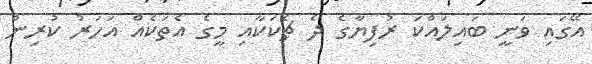
އޭގައި ވަނީ ބައިލައްކަ ރުފިޔާގެ ދެ ޗެކަކާއި މީގެ އެތަކެއް އަހަރު ކުރިން